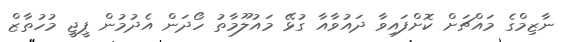
ނާޒިމްގެ މައްޗަށް ކޮށްފައިވާ ދައުވާއާ ގުޅޭ މައުލޫމާތު ހޯދަން އެދުމުން ޕީޖީ މުހުތާޒް